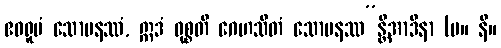
ဧဝရူပံ သောမနဿံ, ဣဒံ ဝုစ္စတိ ဂေဟသိတံ သောမနဿ”န္တိအာဒိနာ (မ။ နိ။